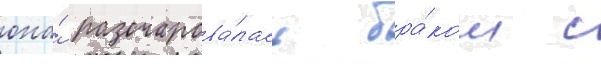
она́ разочарова́лась бра́ком с